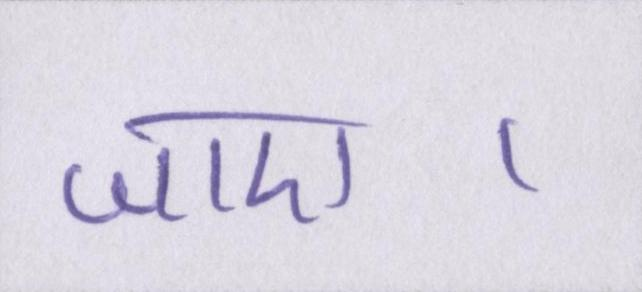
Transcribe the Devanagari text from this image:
जाए।